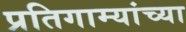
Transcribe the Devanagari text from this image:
प्रतिगाम्यांच्या